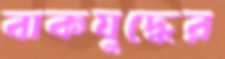
বাকযুদ্ধের